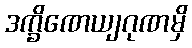
ဒက္ခိဏေယျဂုဏမှိ